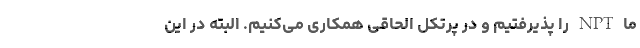
ما NPT‌ را پذیرفتیم و در پرتکل الحاقی همکاری می‌کنیم. البته در این